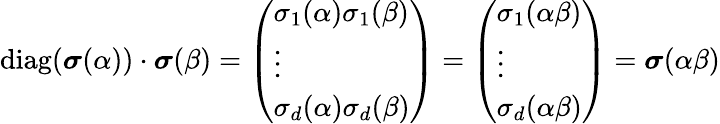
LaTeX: \operatorname{diag}(\boldsymbol{\sigma}(\alpha))\cdot\boldsymbol{\sigma}(\beta)=\left(\begin{array}{l}{\sigma_{1}(\alpha)\sigma_{1}(\beta)}\\ {\vdots}\\ {\sigma_{d}(\alpha)\sigma_{d}(\beta)}\end{array}\right)=\left(\begin{array}{l}{\sigma_{1}(\alpha\beta)}\\ {\vdots}\\ {\sigma_{d}(\alpha\beta)}\end{array}\right)=\boldsymbol{\sigma}(\alpha\beta)